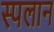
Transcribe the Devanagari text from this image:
स्पलान